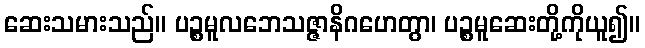
ဆေးသမားသည်။ ပဉ္စမူလဘေသဇ္ဇာနိဂဟေတွာ၊ ပဉ္စမူဆေးတို့ကိုယူ၍။